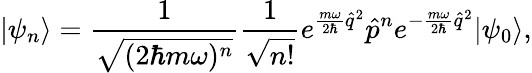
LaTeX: |\psi_{n}\rangle=\frac{1}{\sqrt{(2\hbar m\omega)^{n}}}\frac{1}{\sqrt{n!}}e^{\frac{m\omega}{2\hbar}\hat{q}^{2}}\hat{p}^{n}e^{-\frac{m\omega}{2\hbar}\hat{q}^{2}}|\psi_{0}\rangle,